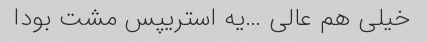
خیلی هم عالی …یه استریپس مشت بودا